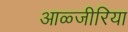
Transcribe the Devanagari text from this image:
आळ्जीरिया